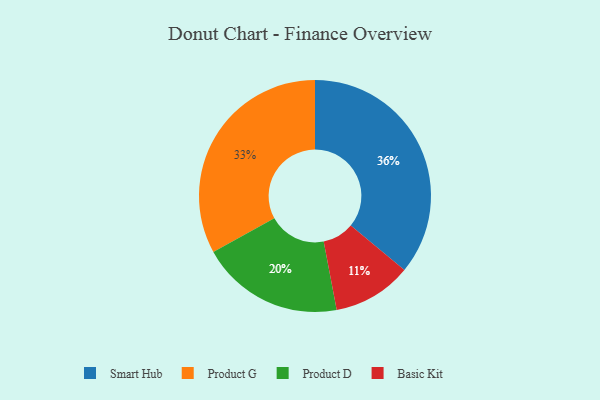
{"axis": {"x": "Category", "y": "Percentage"}, "legend": ["Basic Kit", "Product D", "Product G", "Smart Hub"], "data": [{"x": "Product G", "y": 33, "type": "Product G"}, {"x": "Smart Hub", "y": 36, "type": "Smart Hub"}, {"x": "Basic Kit", "y": 11, "type": "Basic Kit"}, {"x": "Product D", "y": 20, "type": "Product D"}]}